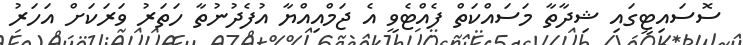
ސޮސައިޓީގައި ޝިދާތާ މަސައްކަތް ފެއްޓެވީ އެ ޖަމްއިއްޔާ އުފެދުނުތާ ހަތަރު ވަރަކަށް އަހަރު